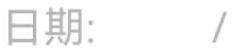
日期:  /